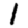
Digit: 1